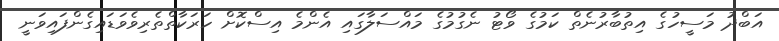
އަބްދު މަސީހުގެ އިތުބާރުނެތް ކަމުގެ ވޯޓު ނެގުމުގެ މައްސަލާގައި އެންމެ އިސްކޮށް ހަރަކާތްތެރިވެވަޑައިގެންފައިވަނީ